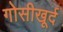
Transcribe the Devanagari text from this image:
गोसीखूर्द